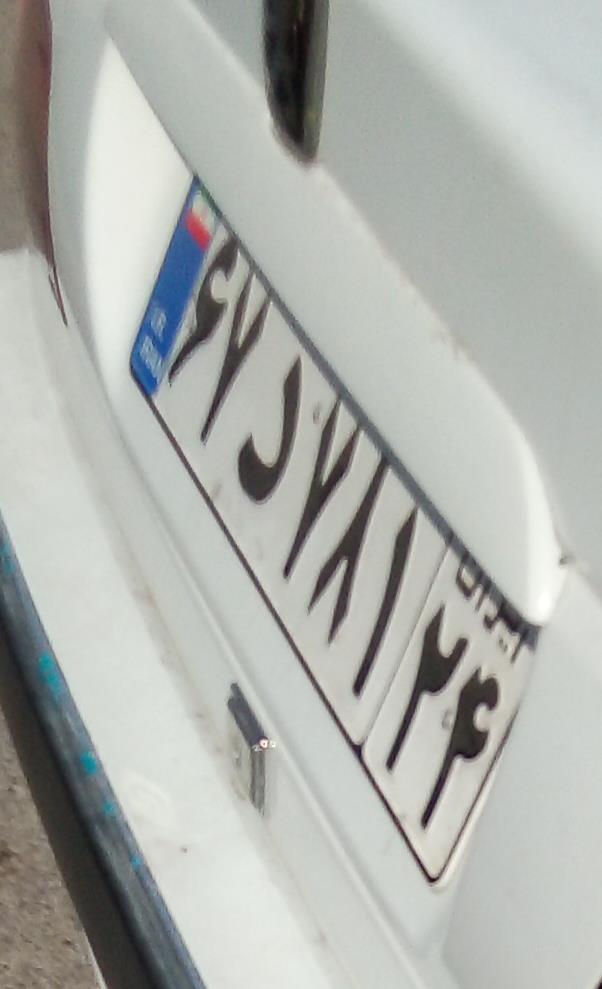
۶۷د۷۸۱۲۴